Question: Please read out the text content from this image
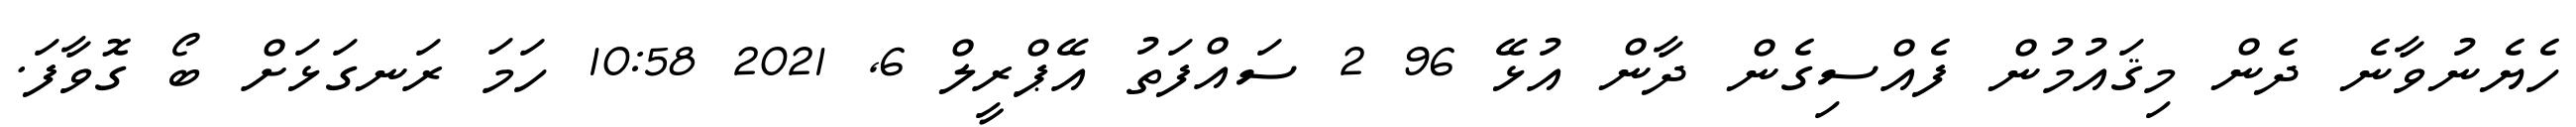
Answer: ހެޔެނުވާނެ ދެން މިޤައުމުން ފެއްސިގެން ދާން އުޅޭ 96 2 ސައްފަތު އޭޕްރީލް 6, 2021 10:58 ހަމަ ރަނގަޅަށް ބޯ ގޮވާފަ.